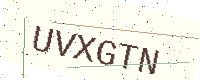
Text: UVXGTN